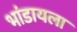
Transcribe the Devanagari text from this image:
भांडायला